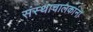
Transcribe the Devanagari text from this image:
संस्थाचालकांना